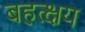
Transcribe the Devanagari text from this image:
बहत्क्षय